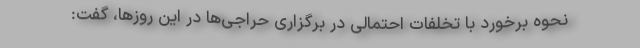
نحوه برخورد با تخلفات احتمالی در برگزاری حراجی‌ها در این روزها، گفت: